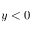
y < 0